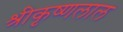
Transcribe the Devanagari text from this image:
श्रीकृष्णलाल